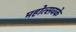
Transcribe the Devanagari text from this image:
महोत्सवके